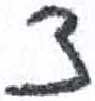
אות: צ